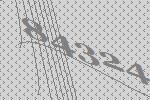
84324